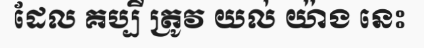
ដែល គប្បី ត្រូវ យល់ យ៉ាង នេះ